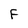
Character: F